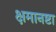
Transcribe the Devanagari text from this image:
क्षमानष्टा